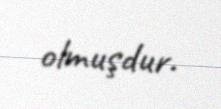
olmuşdur.